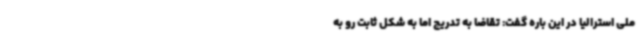
ملی استرالیا در این باره گفت: تقاضا به تدریج اما به شکل ثابت رو به